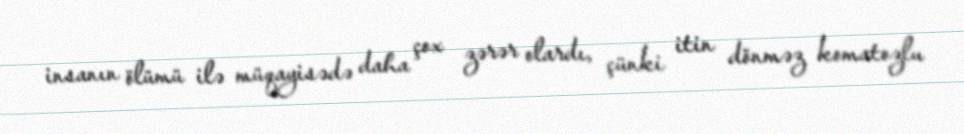
insanın ölümü ilə müqayisədə daha çox zərər olardı, çünki itin dönməz komatozlu